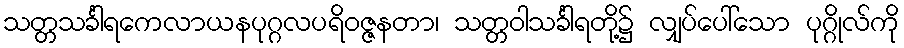
သတ္တသင်္ခါရကေလာယနပုဂ္ဂလပရိဝဇ္ဇနတာ၊ သတ္တဝါသင်္ခါရတို့၌ လျှပ်ပေါ်သော ပုဂ္ဂိုလ်ကို